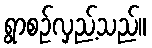
ရွာစဉ်လှည့်သည်။